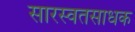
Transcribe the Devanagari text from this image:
सारस्वतसाधक